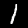
Label: 1